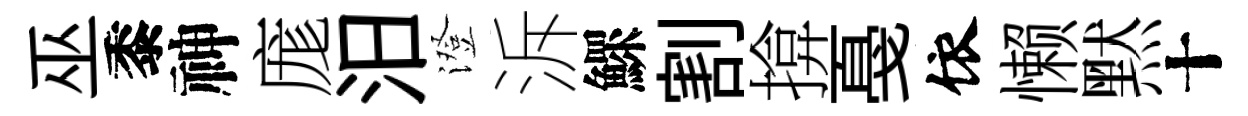
巫黍神庬汨澄泝鰥割揜戞依懒黙十